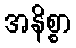
အနိစ္စာ